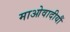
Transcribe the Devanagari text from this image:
माओवादीयौं